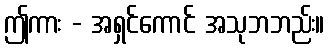
ဤကား - အရှင်ကောင် အသုဘဘည်း။